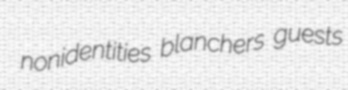
nonidentities blanchers guests